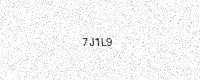
Text: 7J1L9